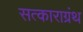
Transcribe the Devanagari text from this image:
सत्काराग्रंथ